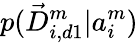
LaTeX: p(\vec{D}_{i,d1}^{m}|a_{i}^{m})